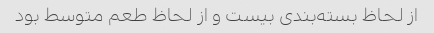
از لحاظ بسته‌بندی بیست و از لحاظ طعم متوسط بود